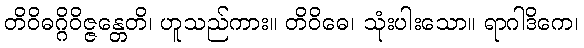
တိဝိဓဂ္ဂိဝိဇ္ဇန္တေတိ၊ ဟူသည်ကား။ တိဝိဓေ၊ သုံးပါးသော။ ရာဂါဒိကေ၊